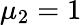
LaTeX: \mu_{2}=1